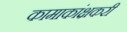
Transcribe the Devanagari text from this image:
कामाकांक्षकरी